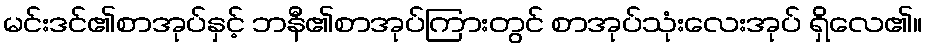
မင်းဒင်၏စာအုပ်နှင့် ဘနီ၏စာအုပ်ကြားတွင် စာအုပ်သုံးလေးအုပ် ရှိလေ၏။